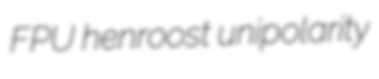
FPU henroost unipolarity